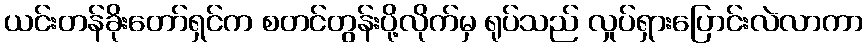
ယင်းတန်ခိုးတော်ရှင်က စတင်တွန်းပို့လိုက်မှ ရုပ်သည် လှုပ်ရှားပြောင်းလဲလာကာ